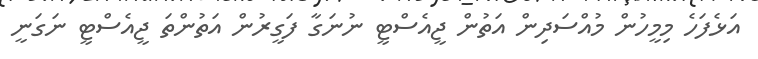
އަޅެފަހެ މިމީހުން މުއްސަދިން އަތުން ޖީއެސްޓީ ނުނަގާ ފަގީރުން އަތުންތަ ޖީއެސްޓީ ނަގަނީ